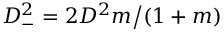
D _ { - } ^ { 2 } = 2 D ^ { 2 } m \big / ( 1 + m )